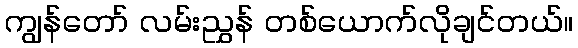
ကျွန်တော် လမ်းညွှန် တစ်ယောက်လိုချင်တယ်။